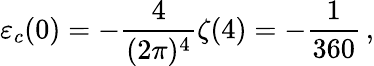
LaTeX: \varepsilon_{c}(0)=-\frac{4}{(2\pi)^{4}}\zeta(4)=-{\frac{1}{360}}\, ,